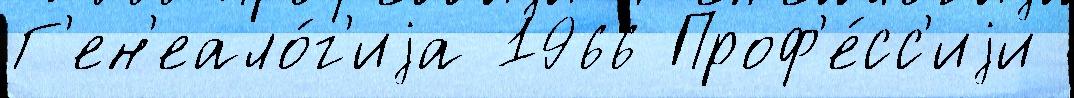
Г'ен'еало́г'иjа 1966 Проф'е́сс'иjи